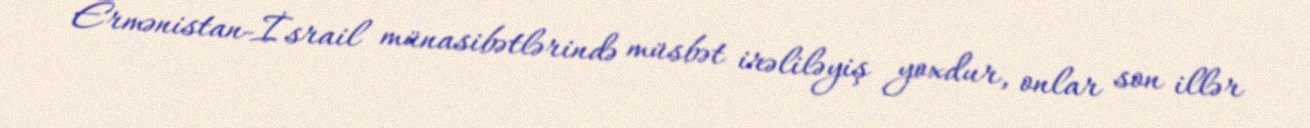
Ermənistan-İsrail münasibətlərində müsbət irəliləyiş yoxdur, onlar son illər